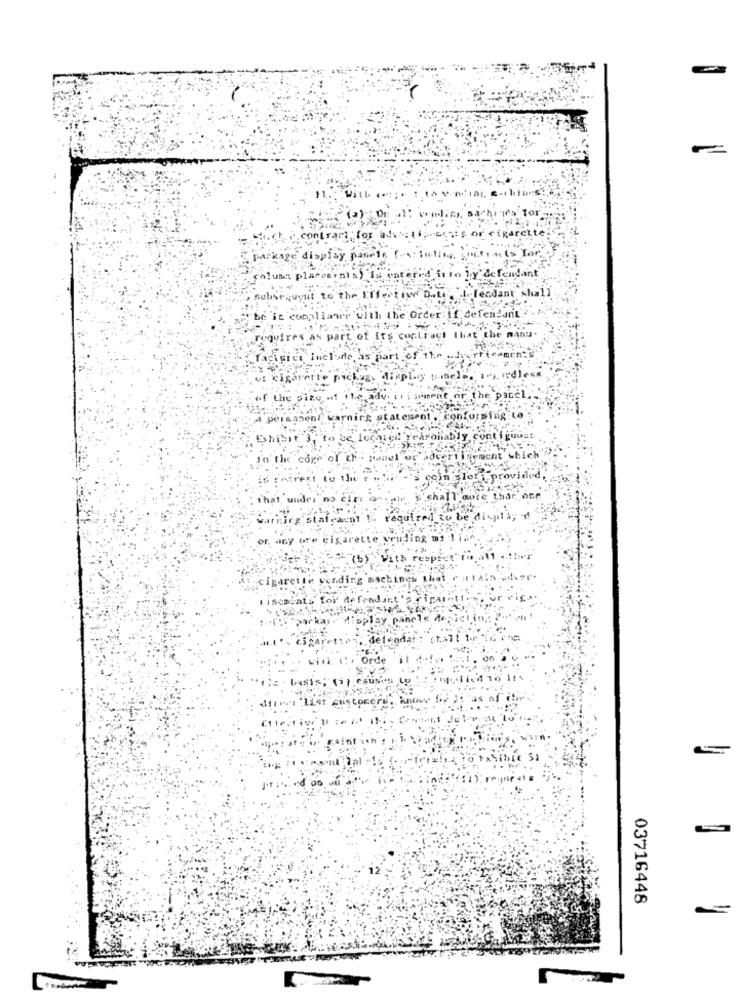
. wwlicz, sachina for.
contract for bd:ti; cass or cigarette
--
display
lo hy defendant
Tendant shali
The Order:if defendant . "
require
rt of Its contract that the manu-
facigiet include, as part of the ...
ug. display y
of the size of the ad
A permanent warning statement . co
Bhibit 3,
Shibit 3, to be located
so the core of Ef.
to the
coin 1
ided,
that, unde
&'shallaote thar, one
Carling sta
be di-pla;
or. any or+ eig
udding't
th res
gareite
03716448